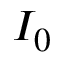
I _ { 0 }